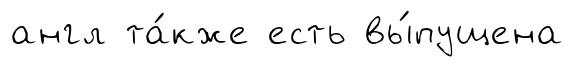
англ та́кже есть вы́пущена